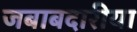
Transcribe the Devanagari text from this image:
जबाबदारीया